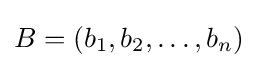
B=(b_{1},b_{2},\dots ,b_{n})